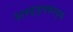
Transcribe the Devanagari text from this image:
अस्द्द्फ्कस्द्फ